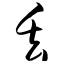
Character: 丢